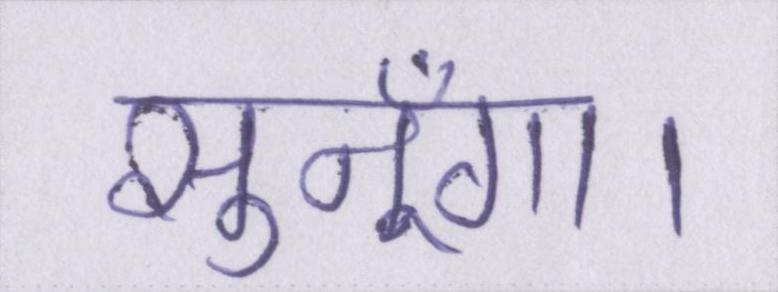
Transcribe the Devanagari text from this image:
सुनूँगा।